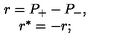
\begin{array} { c } { r = P _ { + } - P _ { - } , } \\ { r ^ { * } = - r ; } \\ \end{array}